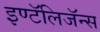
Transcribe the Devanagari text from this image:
इण्टॅलिजॅन्स